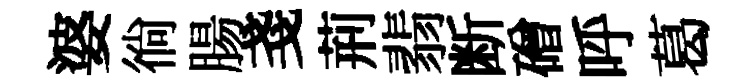
婆徜腸戔荊翡断磳呼葛